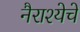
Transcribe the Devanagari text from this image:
नैराश्येचे